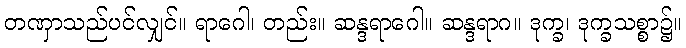
တဏှာသည်ပင်လျှင်။ ရာဂေါ၊ တည်း။ ဆန္ဒရာဂေါ။ ဆန္ဒရာဂ။ ဒုက္ခ၊ ဒုက္ခသစ္စာ၌။